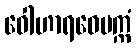
ဝေါဟာရဝေပက္ကံ